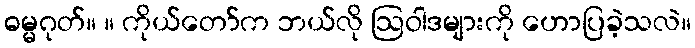
ဓမ္မဂုတ်။ ။ ကိုယ်တော်က ဘယ်လို ဩဝါဒများကို ဟောပြခဲ့သလဲ။